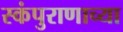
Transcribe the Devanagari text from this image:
स्कंपुराणाच्या